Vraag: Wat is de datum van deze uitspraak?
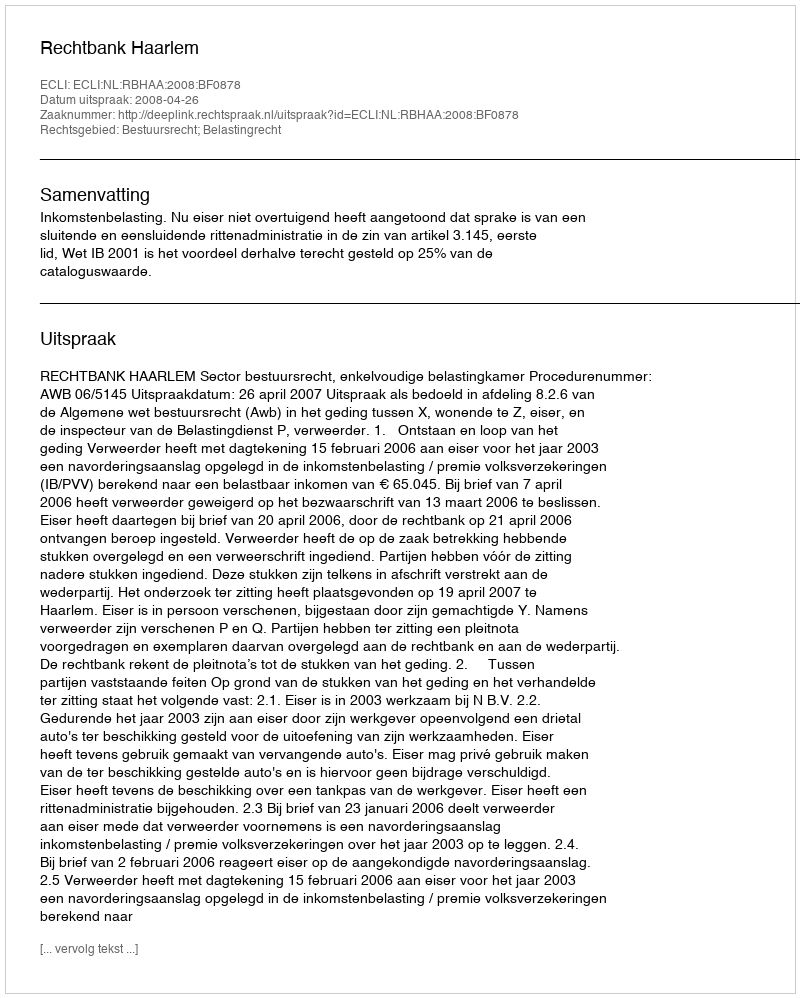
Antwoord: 2008-04-26